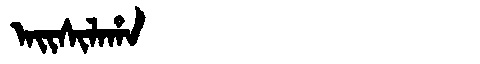
Manchu: ᠠᡳᠰᡳᠯᠠᡥᠠ
Romanization: AISILAHA